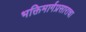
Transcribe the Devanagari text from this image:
भक्तिमार्गप्रसाराचा